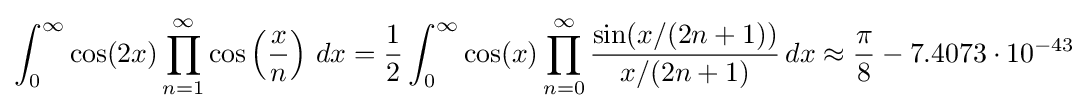
\int _{0}^{\infty }\cos(2x)\prod _{n=1}^{\infty }\cos \left({\frac {x}{n}}\right)\,dx={\frac {1}{2}}\int _{0}^{\infty }\cos(x)\prod _{n=0}^{\infty }{\frac {\sin(x/(2n+1))}{x/(2n+1)}}\,dx\approx {\frac {\pi }{8}}-7.4073\cdot 10^{-43}